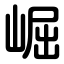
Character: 崛